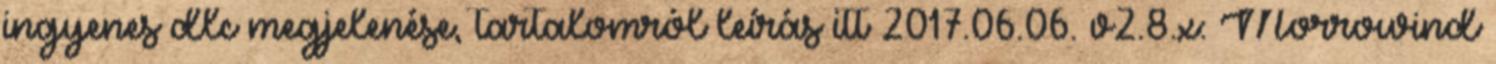
ingyenes dlc megjelenése, tartalomról leírás itt 2017.06.06. v2.8.x: Morrowind